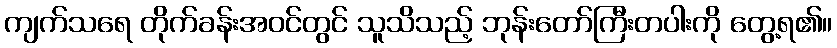
ကျက်သရေ တိုက်ခန်းအဝင်တွင် သူသိသည့် ဘုန်းတော်ကြီးတပါးကို တွေ့ရ၏။